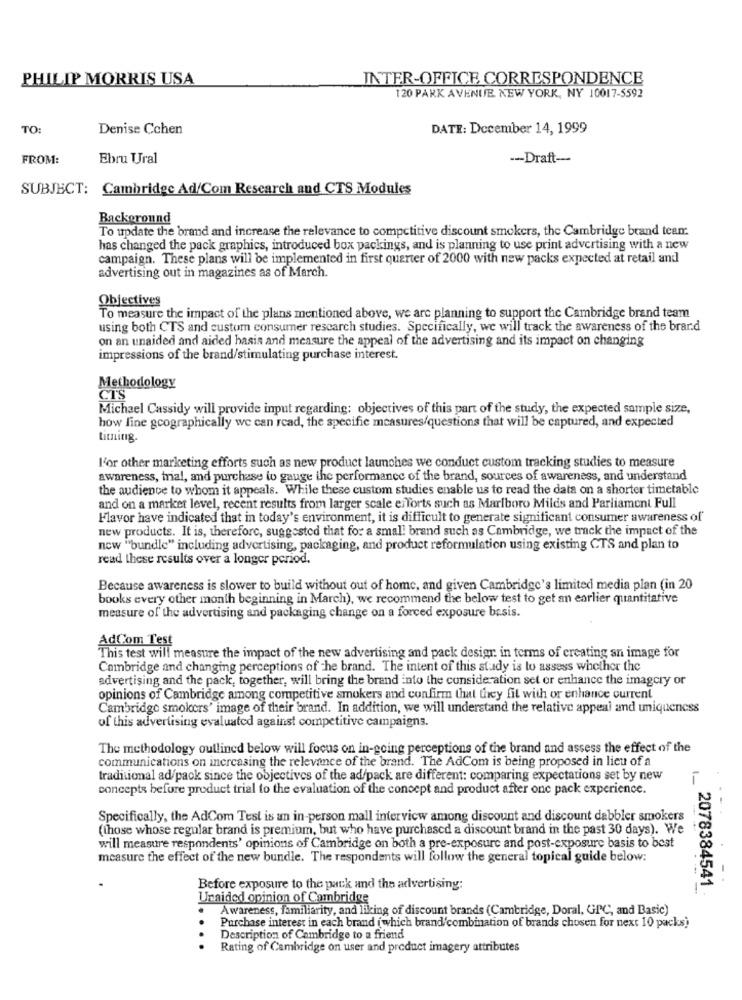
PHILIP MORRIS USA
INTER-OFFICE CORRESPONDENCE
120 PARK AVENUE NEW YORK, NY 10017-5592
TO:
Denise Cchen
DATE: December 14, 1999
FROM:
Ebru Ural
-- Draft-
SUBJECT:
Cambridge Ad/Com Research and CTS Modules
Background
To update the brand and increase the relevance to competitive discount smokers, the Cambridge brand team:
has changed the pack graphics, introduced box packings, and is planning to use print advertising with a new
campaign. These plans will be implemented in first quarter of 2000 with new packs expected at retail and
advertising out in magazines as of March.
Objectives
To measure the impact of the plans mentioned above, we are planning to support the Cambridge brand team
using both CTS and custom consumer research studies. Specifically, we will track the awareness of the brand
on an unaided and aided hasis and measure the appeal of the advertising and its impact on changing
impressions of the brand/stimulating purchase interest.
Methodology
CTS
Michael Cassidy will provide input regarding; objectives of this part of the study, the expected sample size,
how line geographically we can read, the specific measures/questions that will be captured, and expected
Limning.
l'or other marketing efforts such as new product launches we conduct custom tracking studies to measure
awareness, trial, and purchase to gauge the performance of the brand, sources of awareness, and understand
the audience to whom it appeals. While these custom studies enable us to read the data on a shorter timetable
and on a market level, recent results from larger scale efforts such as Marlboro Milds and Parliament Full
Flavor have indicated that in today's environment, it is difficult to generate significant consumer awareness of
new products. It is, therefore, suggested that for a small brand such as Cambridge, we track the impact of the
now "bundle" including advertising, packaging, and product reformulation using existing CTS and plan to
read these results over a longer period.
Because awareness is slower to build without out of home, and given Cambridge's limited media plan (in 20
books every other month beginning in March), we recommend the below test to get an earlier quantitative
measure of the advertising and packaging change on a forced exposure basis.
AdCom Test
This test will measure the impact of the new advertising and pack design in terms of creating an image for
Cambridge and changing perceptions of the brand. The intent of this study is to assess whether the
advertising and the pack, together, will bring the brand into the consideration set or enhance the imagcry or
opinions of Cambridge among competitive smokers and confirm that they fit with or enhance current
Cambridge smokers' image of their brand. In addition, we will understand the relative appeal and uniqueness
of this advertising evaluated against competitive campaigns.
The methodology outlined below will focus on in-going perceptions of the brand and assess the effect of the
communications on increasing the relevance of the brand. The AdCom is being proposed in lieu of a
traditional ad/pack since the objectives of the ad/pack are different: comparing expectations set by new
concepts before product trial to the evaluation of the concept and product after one pack experience.
Specifically, the AdCom Test is an in-person mall interview among discount and discount dabbler smokers
(those whose regular brand is premium, but who have purchased a discount brand in the past 30 days). We
will measure respondents' opinions of Cambridge on both a pre-exposure and post-exposure basis to best
measure the effect of the new bundle. The respondents will follow the general topical guide below:
-
Before exposure to the pack and the advertising:
1_ 2078384541 .
Unaided opinion of Cambridge
.
Awareness, familiarity, and liking of discount brands (Cambridge, Doral, GPC, and Basic)
Purchase interest in each brand (which brand/combination of brands chosen for next 10 packs)
Description of Cambridge to a friend
Rating of Cambridge on user and product imagery attributes